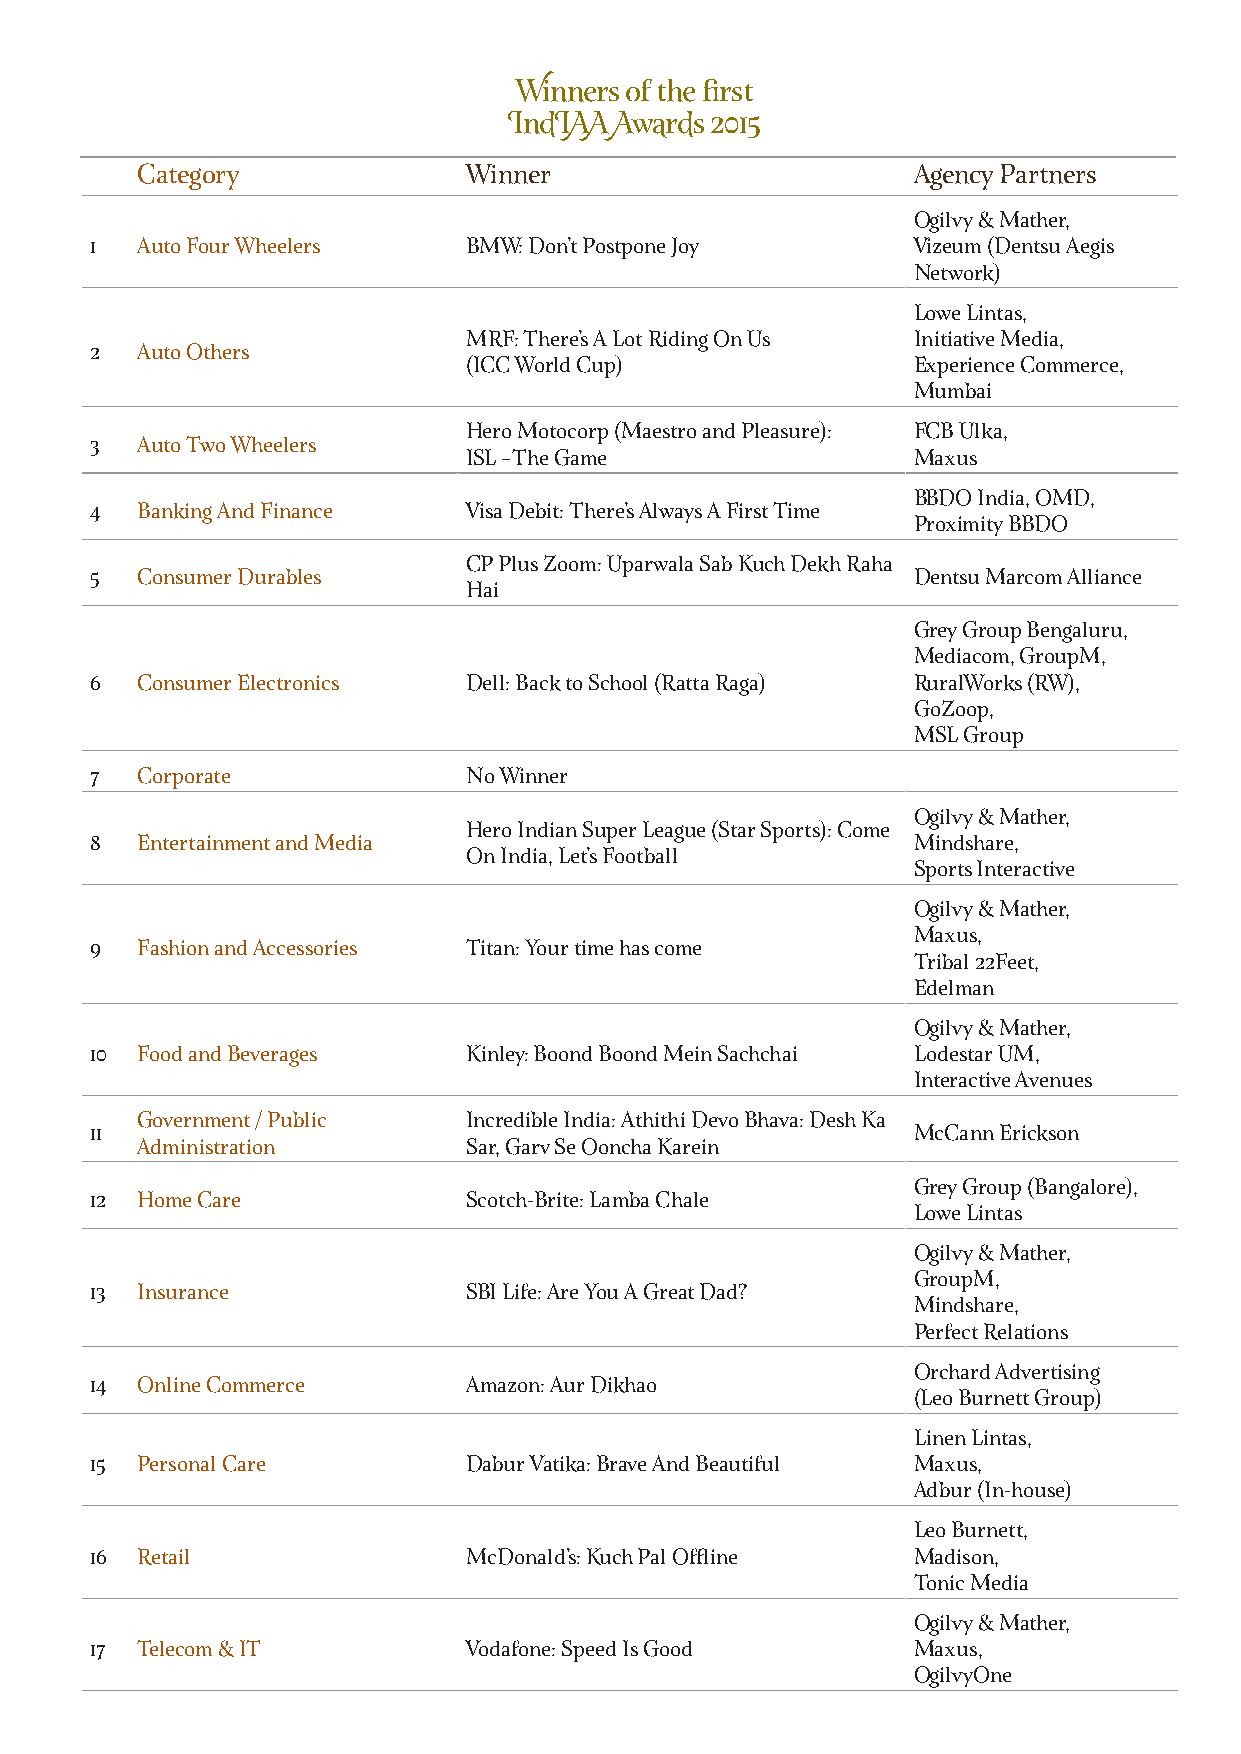
Winners of the fi rst
 IndIAA Awards 2015
 Category              Winner                       Agency Partners
 Ogilvy & Mather,
 1  Auto Four Wheelers    BMW: Don’t Postpone Joy      Vizeum (Dentsu Aegis
 Network)
 Lowe Lintas,
 MRF: There’s A Lot Riding On Us Initiative Media,
 2  Auto Others
 (ICC World Cup)              Experience Commerce,
 Mumbai
 Hero Motocorp (Maestro and Pleasure): FCB Ulka,
 3  Auto Two Wheelers
 ISL –The Game                Maxus
 BBDO India, OMD,
 4  Banking And Finance   Visa Debit: There’s Always A First Time
 Proximity BBDO
 CP Plus Zoom: Uparwala Sab Kuch Dekh Raha
 5  Consumer Durables                                  Dentsu Marcom Alliance
 Hai
 Grey Group Bengaluru,
 Mediacom, GroupM,
 6  Consumer Electronics  Dell: Back to School (Ratta Raga) RuralWorks (RW),
 GoZoop,
 MSL Group
 7  Corporate             No Winner
 Ogilvy & Mather,
 Hero Indian Super League (Star Sports): Come
 8  Entertainment and Media                            Mindshare,
 On India, Let’s Football
 Sports Interactive
 Ogilvy & Mather,
 Maxus,
 9  Fashion and Accessories Titan: Your time has come
 Tribal 22Feet,
 Edelman
 Ogilvy & Mather,
 10 Food and Beverages    Kinley: Boond Boond Mein Sachchai Lodestar UM,
 Interactive Avenues
 Government / Public   Incredible India: Athithi Devo Bhava: Desh Ka
 11                                                    McCann Erickson
 Administration        Sar, Garv Se Ooncha Karein
 Grey Group (Bangalore),
 12 Home Care             Scotch-Brite: Lamba Chale
 Lowe Lintas
 Ogilvy & Mather,
 GroupM,
 13 Insurance             SBI Life: Are You A Great Dad?
 Mindshare,
 Perfect Relations
 Orchard Advertising
 14 Online Commerce       Amazon: Aur Dikhao
 (Leo Burnett Group)
 Linen Lintas,
 15 Personal Care         Dabur Vatika: Brave And Beautiful Maxus,
 Adbur (In-house)
 Leo Burnett,
 16 Retail                McDonald's: Kuch Pal Offl ine Madison,
 Tonic Media
 Ogilvy & Mather,
 17 Telecom & IT          Vodafone: Speed Is Good      Maxus,
 OgilvyOne